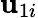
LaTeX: \mathbf{u}_{1i}